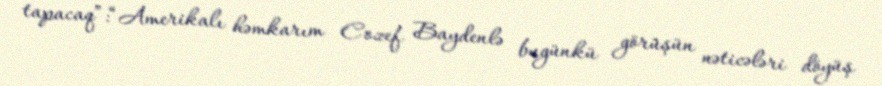
tapacaq”:“Amerikalı həmkarım Cozef Baydenlə bugünkü görüşün nəticələri döyüş